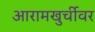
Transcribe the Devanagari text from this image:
आरामखुर्चीवर